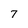
Character: 7